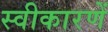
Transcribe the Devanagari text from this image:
स्वीकारणें